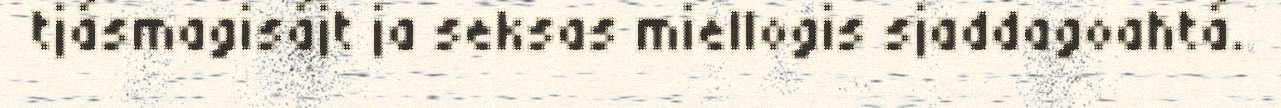
tjásmagisájt ja seksas miellogis sjaddagoahtá.